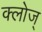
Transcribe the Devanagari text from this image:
क्लोज्